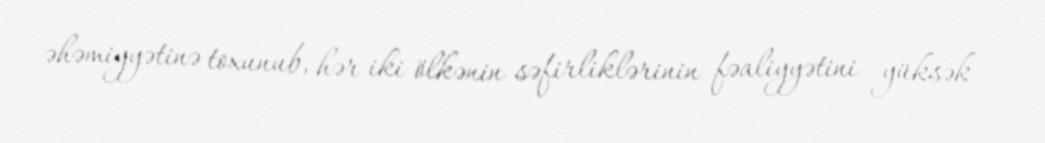
əhəmiyyətinə toxunub, hər iki ölkənin səfirliklərinin fəaliyyətini yüksək